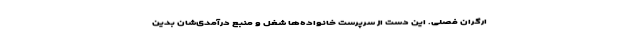
ارگران فصلی. این دست از سرپرست خانواده‌ها شغل و منبع درآمدی‌شان بدین